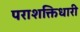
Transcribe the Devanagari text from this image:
पराशक्तिधारी